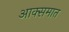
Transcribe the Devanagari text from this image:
आक्समात